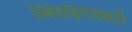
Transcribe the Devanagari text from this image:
निबंधोह्रपावकारि